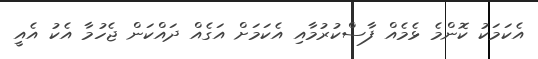
އެކަމަކު ކޮންމެ ޅެމެއް ފާސްކުރުމާއި އެކަމަށް އަގެއް ދައްކަން ޖެހުމާ އެކު އެއީ